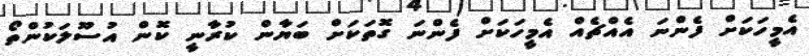
އެމީހަކަށް ފެންނަ އެއްޗެއް އެމީހަކަށް ފެންނަ ގޮތަކަށް ބަޔާން ކުރާނީ ކޮން އުސޫލަކުންތޯ